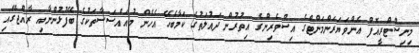
މިނިސްޓްރީއޮފް އެންވަޔަރަންމަންޓްގެ އިސްވެރިންގެ އިތުރުން ދައުލަތުގެ ކަމާބެހޭ އެހެން މުއައްސަސާތަކުގެ ބޭފުޅުންނާއި ރާއްޖޭގައި